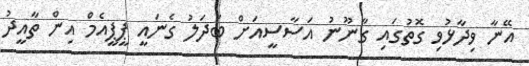
އޭނާ ވިދާޅުވި ގޮތުގައި ގާނޫނު އަސާސީއަށް ބަދަލު ގެނައީ ޕީޕީއެމް އިން ތާއީދު